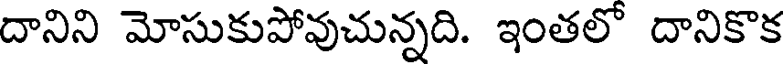
దానిని మోసుకుపోవుచున్నది. ఇంతలో దానికొక